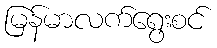
မြန်မာလက်ရွေးစင်